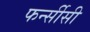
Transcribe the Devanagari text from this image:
फर्न्सीसी